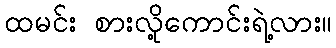
ထမင်း စားလို့ကောင်းရဲ့လား။